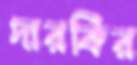
দারকির